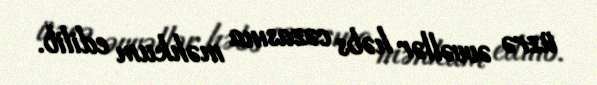
üzrə əvvəllər həbs cəzasına məhkum edilib.